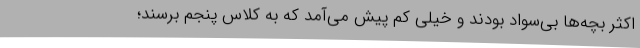
اکثر بچه‌ها بی‌سواد بودند و خیلی کم پیش می‌آمد که به کلاس پنجم برسند؛